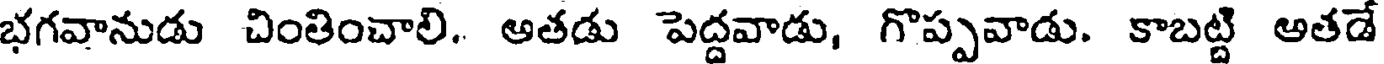
భగవానుడు చింతించాలి. అతడు పెద్దవాడు, గొప్పవాడు. కాబట్టి అతడే